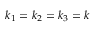
k _ { 1 } = k _ { 2 } = k _ { 3 } = k